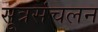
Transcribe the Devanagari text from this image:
सूत्रसंचलन